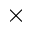
\times